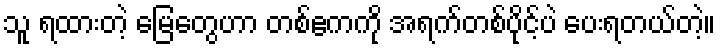
သူ ရထားတဲ့ မြေတွေဟာ တစ်ဧကကို အရက်တစ်ပိုင့်ပဲ ပေးရတယ်တဲ့။